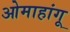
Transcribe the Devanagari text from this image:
ओमाहांगू